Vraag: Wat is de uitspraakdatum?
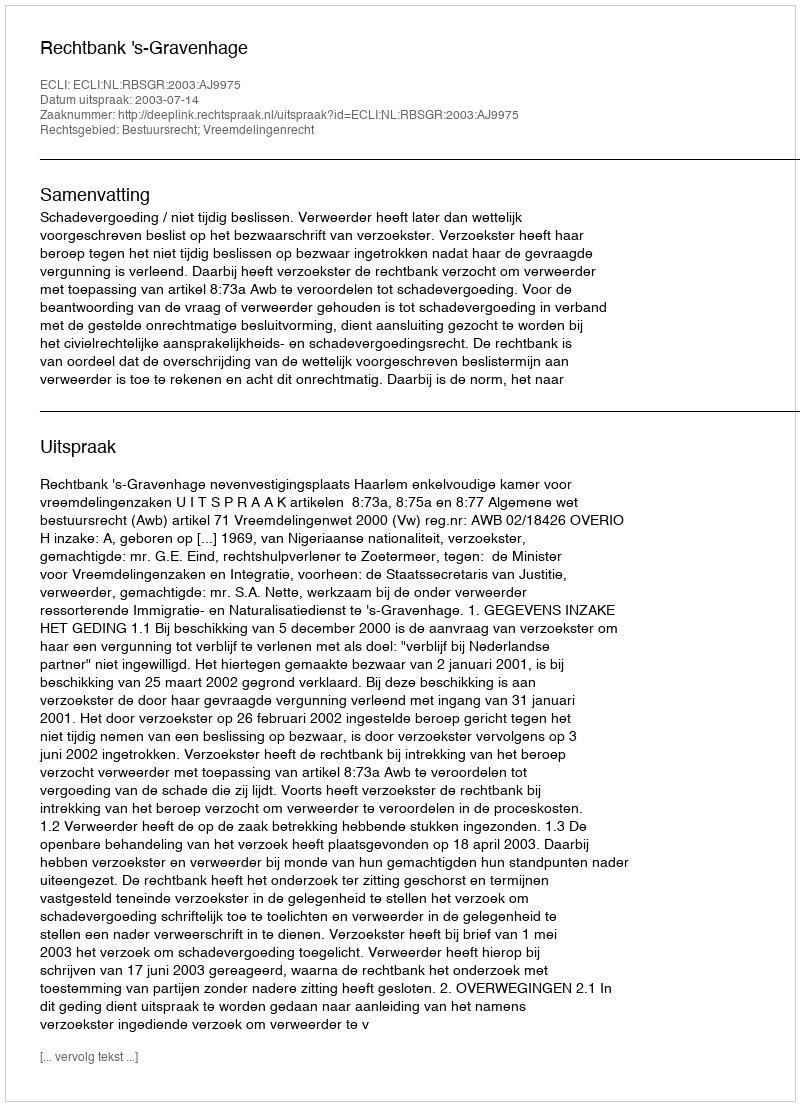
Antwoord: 2003-07-14